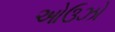
ઓઉઝો